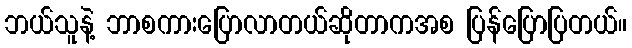
ဘယ်သူနဲ့ ဘာစကားပြောလာတယ်ဆိုတာကအစ ပြန်ပြောပြတယ်။